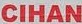
CIHAN